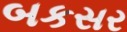
બકસર